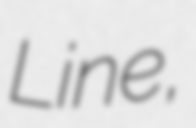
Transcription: Line,